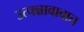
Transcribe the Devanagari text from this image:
उत्पन्नाबाबात